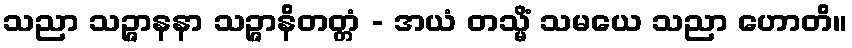
သညာ သဉ္ဇာနနာ သဉ္ဇာနိတတ္တံ - အယံ တသ္မိံ သမယေ သညာ ဟောတိ။